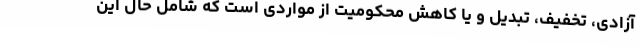
آزادی، تخفیف، تبدیل و یا کاهش محکومیت از مواردی است که شامل حال این